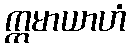
ဣမာယာဟံ